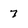
Character: 7